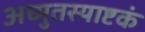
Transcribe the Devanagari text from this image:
अच्युतस्याष्टकं